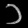
Digit: ၁